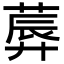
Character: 𦸳